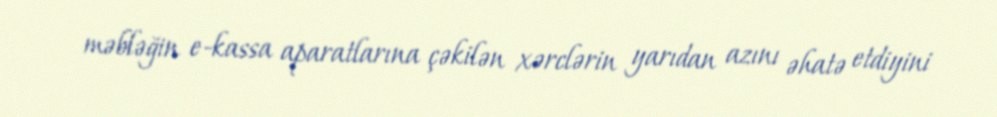
məbləğin e-kassa aparatlarına çəkilən xərclərin yarıdan azını əhatə etdiyini